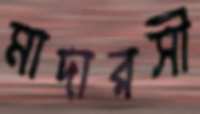
মাদারসী